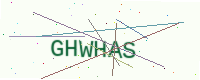
Text: GHWHAS